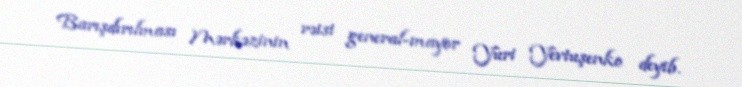
Barışdırılması Mərkəzinin rəisi general-mayor Yuri Yevtuşenko deyib.